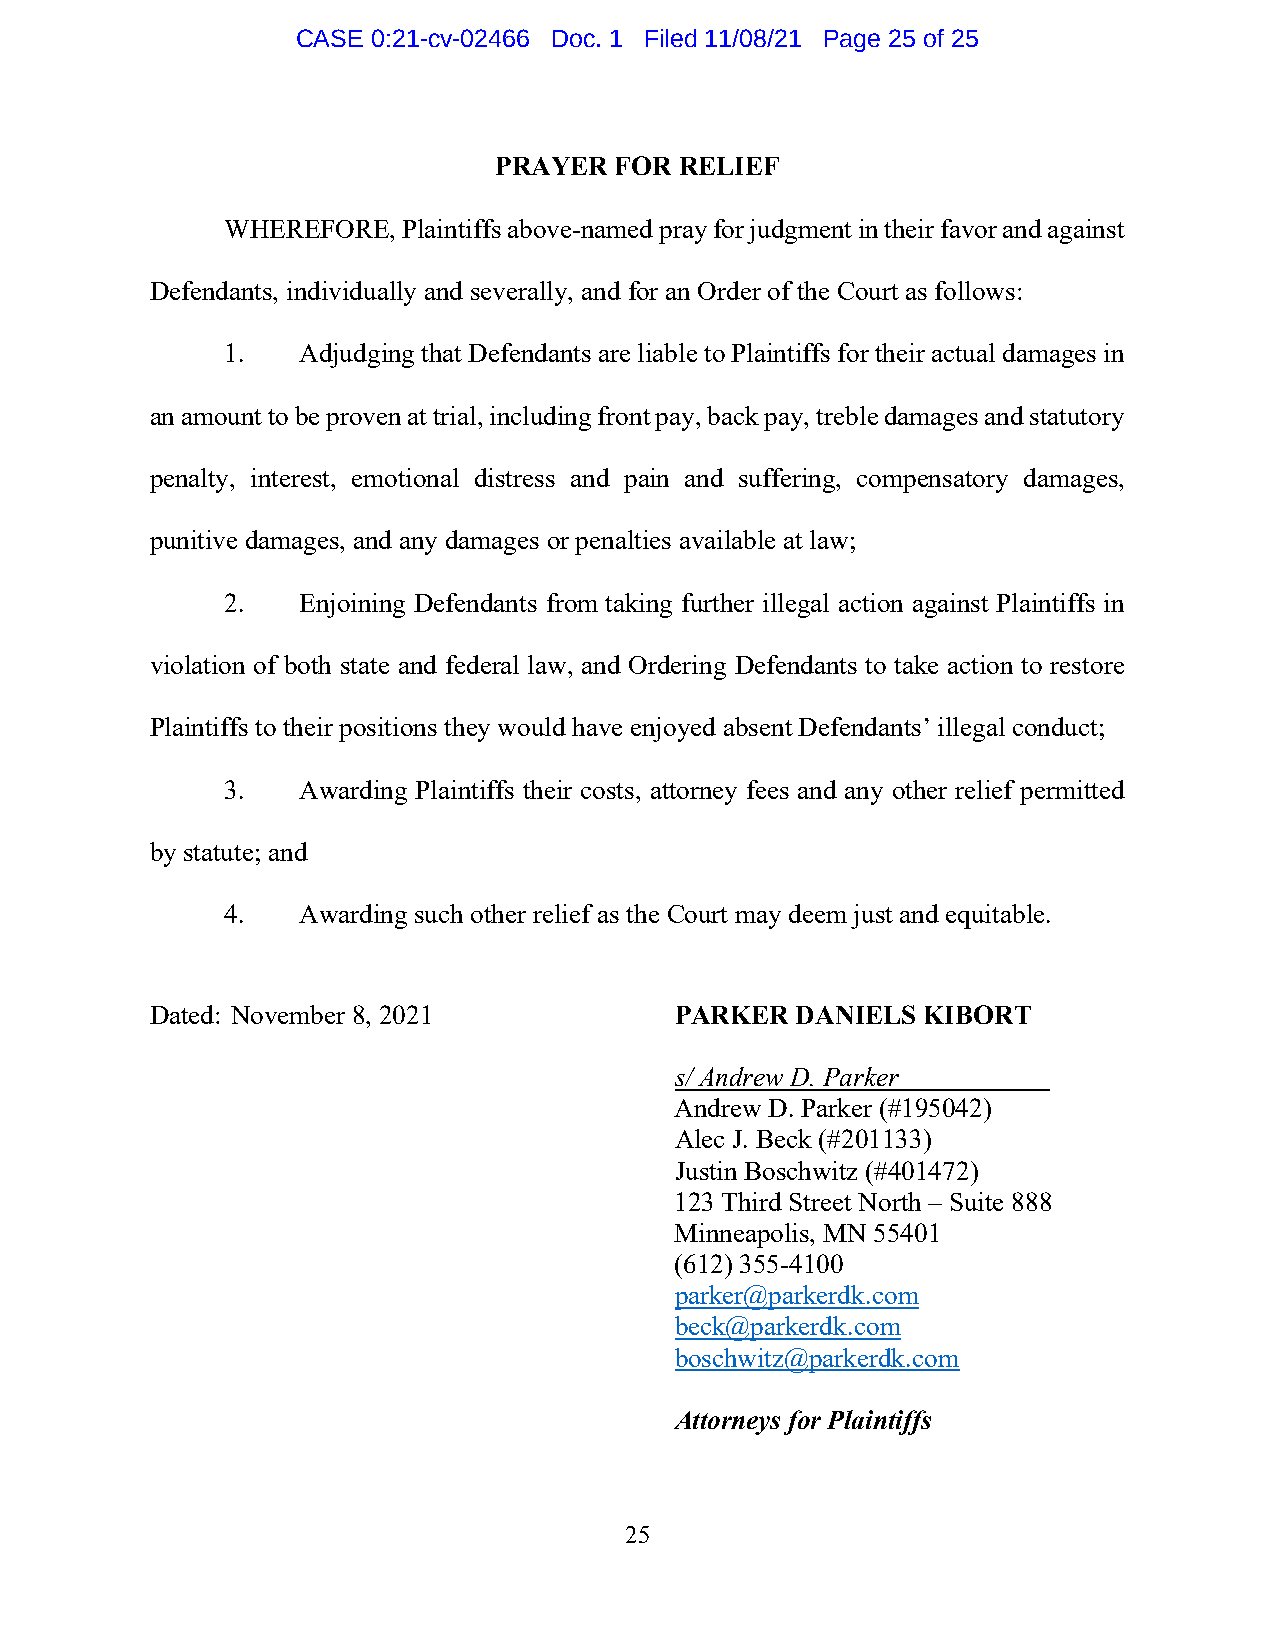
CASE 0:21-cv-02466 Doc. 1 Filed 11/08/21 Page 25 of 25
 PRAYER  FOR RELIEF
 WHEREFORE,  Plaintiffs above-named pray for judgment in their favor and against
 Defendants, individually and severally, and for an Order of the Court as follows:
 1.   Adjudging that Defendants are liable to Plaintiffs for their actual damages in
 an amount to be proven at trial, including front pay, back pay, treble damages and statutory
 penalty, interest, emotional distress and pain and suffering, compensatory damages,
 punitive damages, and any damages or penalties available at law;
 2.   Enjoining Defendants from taking further illegal action against Plaintiffs in
 violation of both state and federal law, and Ordering Defendants to take action to restore
 Plaintiffs to their positions they would have enjoyed absent Defendants’ illegal conduct;
 3.   Awarding Plaintiffs their costs, attorney fees and any other relief permitted
 by statute; and
 4.   Awarding such other relief as the Court may deem just and equitable.
 Dated: November 8, 2021            PARKER  DANIELS KIBORT
 s/ Andrew D. Parker
 Andrew D. Parker (#195042)
 Alec J. Beck (#201133)
 Justin Boschwitz (#401472)
 123 Third Street North – Suite 888
 Minneapolis, MN 55401
 (612) 355-4100
 parker@parkerdk.com
 beck@parkerdk.com
 boschwitz@parkerdk.com
 Attorneys for Plaintiffs
 25